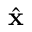
\hat { \mathbf { x } }